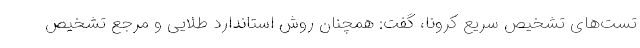
تست‌های تشخیص سریع کرونا، گفت: همچنان روش استاندارد طلایی و مرجع تشخیص